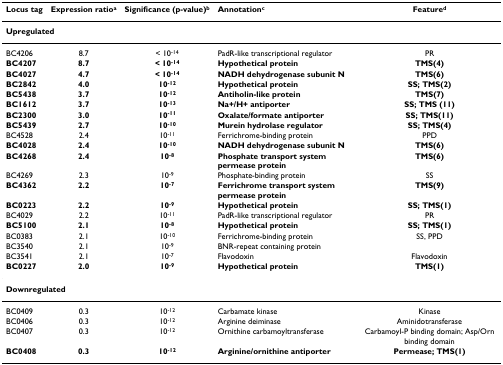
<table><thead><tr><td><b>Locus tag</b></td><td><b>Expression ratio<sup>a</sup></b></td><td><b>Significance (p-value)<sup>b</sup></b></td><td><b>Annotation<sup>c</sup></b></td><td><b>Feature<sup>d</sup></b></td></tr></thead><tbody><tr><td colspan="5"><b>Upregulated</b></td></tr><tr><td>BC4206</td><td>8.7</td><td>&lt; 10<sup>-14</sup></td><td>PadR-like transcriptional regulator</td><td>PR</td></tr><tr><td><b>BC4207</b></td><td><b>8.7</b></td><td><b>&lt; 10<sup>-14</sup></b></td><td><b>Hypothetical protein</b></td><td><b>TMS(4)</b></td></tr><tr><td><b>BC4027</b></td><td><b>4.7</b></td><td><b>&lt; 10<sup>-14</sup></b></td><td><b>NADH dehydrogenase subunit N</b></td><td><b>TMS(6)</b></td></tr><tr><td><b>BC2842</b></td><td><b>4.0</b></td><td><b>10<sup>-12</sup></b></td><td><b>Hypothetical protein</b></td><td><b>SS; TMS(2)</b></td></tr><tr><td><b>BC5438</b></td><td><b>3.7</b></td><td><b>10<sup>-12</sup></b></td><td><b>Antiholin-like protein</b></td><td><b>TMS(7)</b></td></tr><tr><td><b>BC1612</b></td><td><b>3.7</b></td><td><b>10<sup>-13</sup></b></td><td><b>Na+/H+ antiporter</b></td><td><b>SS; TMS (11)</b></td></tr><tr><td><b>BC2300</b></td><td><b>3.0</b></td><td><b>10<sup>-11</sup></b></td><td><b>Oxalate/formate antiporter</b></td><td><b>SS; TMS(11)</b></td></tr><tr><td><b>BC5439</b></td><td><b>2.7</b></td><td><b>10<sup>-10</sup></b></td><td><b>Murein hydrolase regulator</b></td><td><b>SS; TMS(4)</b></td></tr><tr><td>BC4528</td><td>2.4</td><td>10<sup>-11</sup></td><td>Ferrichrome-binding protein</td><td>PPD</td></tr><tr><td><b>BC4028</b></td><td><b>2.4</b></td><td><b>10<sup>-10</sup></b></td><td><b>NADH dehydrogenase subunit N</b></td><td><b>TMS(6)</b></td></tr><tr><td><b>BC4268</b></td><td><b>2.4</b></td><td><b>10<sup>-8</sup></b></td><td><b>Phosphate transport system permease protein</b></td><td><b>TMS(6)</b></td></tr><tr><td>BC4269</td><td>2.3</td><td>10<sup>-9</sup></td><td>Phosphate-binding protein</td><td>SS</td></tr><tr><td><b>BC4362</b></td><td><b>2.2</b></td><td><b>10<sup>-7</sup></b></td><td><b>Ferrichrome transport system permease protein</b></td><td><b>TMS(9)</b></td></tr><tr><td><b>BC0223</b></td><td><b>2.2</b></td><td><b>10<sup>-9</sup></b></td><td><b>Hypothetical protein</b></td><td><b>SS; TMS(1)</b></td></tr><tr><td>BC4029</td><td>2.2</td><td>10<sup>-11</sup></td><td>PadR-like transcriptional regulator</td><td>PR</td></tr><tr><td><b>BC5100</b></td><td><b>2.1</b></td><td><b>10<sup>-8</sup></b></td><td><b>Hypothetical protein</b></td><td><b>SS; TMS(1)</b></td></tr><tr><td>BC0383</td><td>2.1</td><td>10<sup>-10</sup></td><td>Ferrichrome-binding protein</td><td>SS, PPD</td></tr><tr><td>BC3540</td><td>2.1</td><td>10<sup>-9</sup></td><td>BNR-repeat containing protein</td><td></td></tr><tr><td>BC3541</td><td>2.1</td><td>10<sup>-7</sup></td><td>Flavodoxin</td><td>Flavodoxin</td></tr><tr><td><b>BC0227</b></td><td><b>2.0</b></td><td><b>10<sup>-9</sup></b></td><td><b>Hypothetical protein</b></td><td><b>TMS(1)</b></td></tr><tr><td colspan="5"><b>Downregulated</b></td></tr><tr><td>BC0409</td><td>0.3</td><td>10<sup>-12</sup></td><td>Carbamate kinase</td><td>Kinase</td></tr><tr><td>BC0406</td><td>0.3</td><td>10<sup>-12</sup></td><td>Arginine deiminase</td><td>Aminidotransferase</td></tr><tr><td>BC0407</td><td>0.3</td><td>10<sup>-12</sup></td><td>Ornithine carbamoyltransferase</td><td>Carbamoyl-P binding domain; Asp/Orn binding domain</td></tr><tr><td><b>BC0408</b></td><td><b>0.3</b></td><td><b>10<sup>-12</sup></b></td><td><b>Arginine/ornithine antiporter</b></td><td><b>Permease; TMS(1)</b></td></tr></tbody></table>